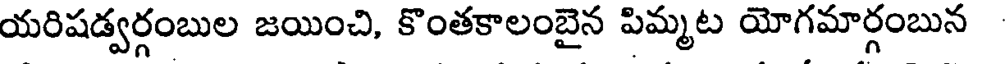
యరిషడ్వర్గంబుల జయించి, కొంతకాలంబైన పిమ్మట యోగమార్గంబున